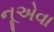
નૂએવા